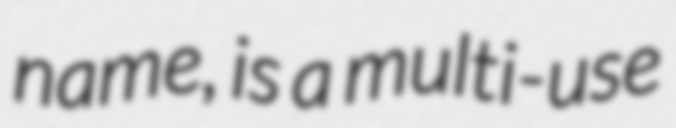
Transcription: name, is a multi-use